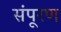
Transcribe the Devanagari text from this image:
संपूरण